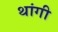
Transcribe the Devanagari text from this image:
थांगी